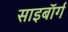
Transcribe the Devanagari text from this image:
साइबाॅर्ग